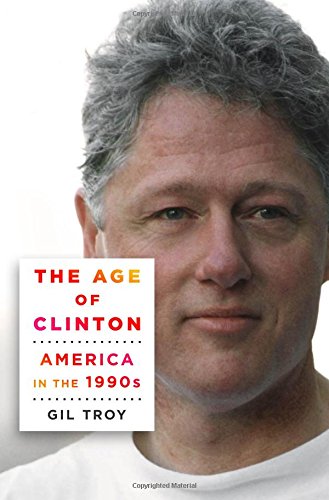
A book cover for The Age of Clinton: America in the 1990s; Gil Troy; Biographies & Memoirs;